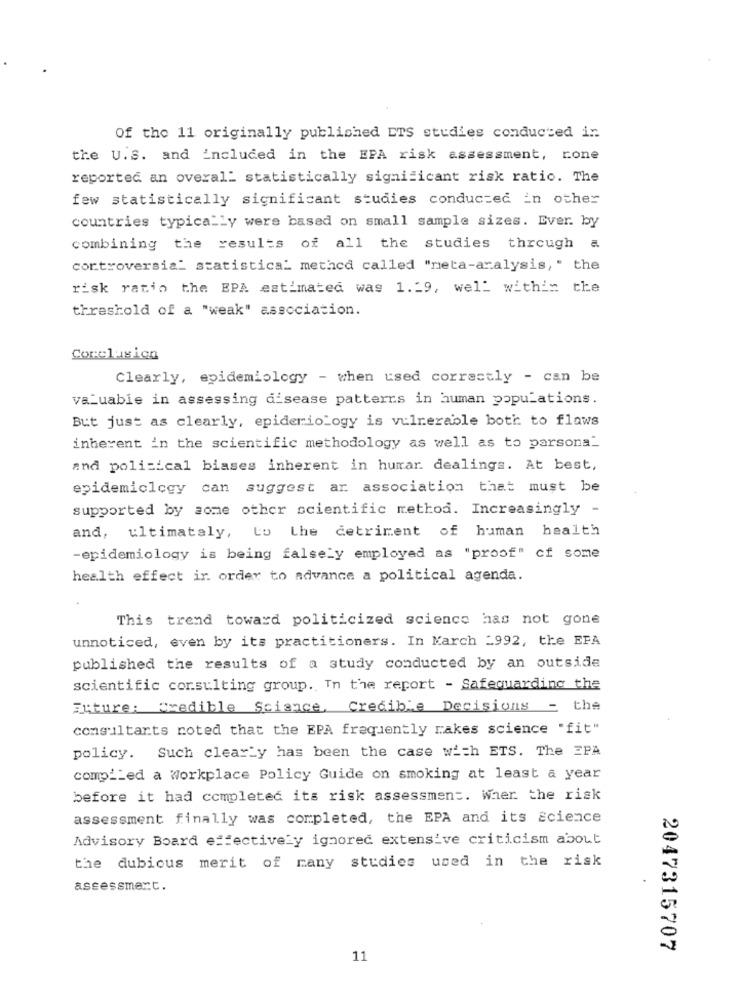
Of the 11 originally published ETS studies conducted in
the U.S. and included in the EPA risk assessment, rone
reported an overal: statistically significant risk ratio. The
few statistically significant studies conducted in other
countries typically were based on small sample sizes. Ever. by
combining the results of all the studies through a
controversial statistica_ methed called "neta-aralysis," the
risk ratio the EPA estimated was 1.19, well within the
threshold of a "weak" association.
Corclusion
Clearly, epidemiology - when used correctly - can be
valuable in assessing disease patterns in human populations.
But just as clearly, epidemiology is vulnerable both to flaws
inherent in the scientific methodology as well as to parsona_
and political biases inherent in hurrar. dealings. At best,
epidemiology can suggest ar association that must be
supported by some other scientific method. Increasingly -
and, ultimately, Lo Lhe detriment of human health
-epidemiology is being falsely employed as "proof" cf some
health effect ir. order to advance a political agenda.
This trend toward politicized science has not gone
unnoticed, even by its practitioners. In March _992, the EPA
published the results of a study conducted by an outside
scientific consulting group. In the report - Safeguarding the
Future: Credible Science, Credible Decisions = the
consultants noted that the EPA frequently rakes science "fit"
policy. Such clearly has been the case with ETS. The EPA
compiled a Workplace Policy Guide on smoking at least a year
before it had completed its risk assessment. Wher the risk
assessment finally was completed, the EPA and its science
Advisory Board effectively ignored extensive criticism about
the dubicus merit of many studies used in the risk
assessment.
2047315707
11